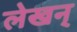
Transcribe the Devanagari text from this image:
लेखन्